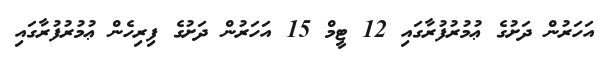
އަހަރުން ދަށުގެ ޢުމުރުފުރާގައި 12 ޓީމް 15 އަހަރުން ދަށުގެ ފިރިހެން ޢުމުރުފުރާގައި